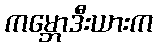
ကမ္ဘောဒီးယားက